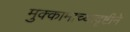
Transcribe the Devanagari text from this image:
मुक्कामाच्यादृष्टीने